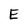
Character: E